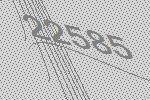
22585